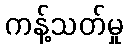
ကန့်သတ်မှု